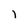
Character: l